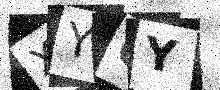
Text: XY0Y